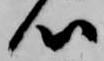
心